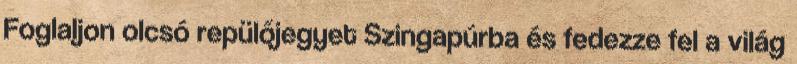
Foglaljon olcsó repülőjegyet Szingapúrba és fedezze fel a világ